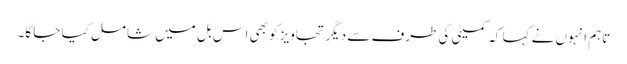
تاہم انہوں نے کہا کہ کمیٹی کی طرف سے دیگر تجاویز کو بھی اس بل میں شامل کیا جا گا۔